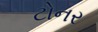
ટોનર